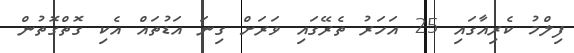
ފިލްމު ކެރިއާގައި 25 އަހަރު ތެރޭގައި ވަރަށް ގިނަ އަޑުތައް އެކި ގޮތްގޮތުން